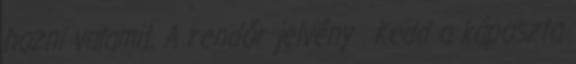
hozni valamit. A rendőr jelvény . Kedd a káposzta